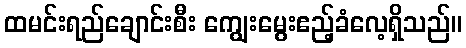
ထမင်းရည်ချောင်းစီး ကျွေးမွေးဧည့်ခံလေ့ရှိသည်။